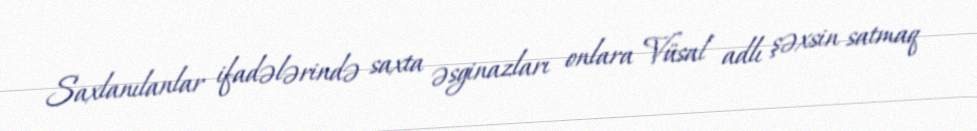
Saxlanılanlar ifadələrində saxta əsginazları onlara Vüsal adlı şəxsin satmaq